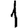
Digit: 1